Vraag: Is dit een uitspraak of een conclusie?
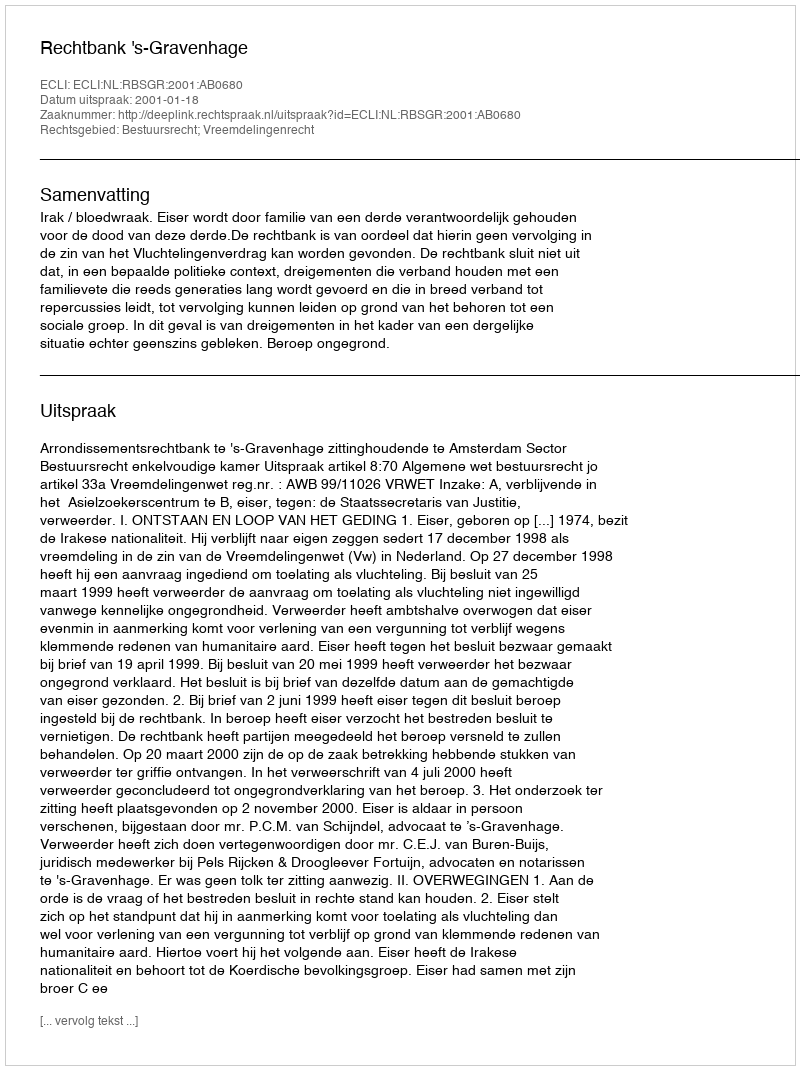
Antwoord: Uitspraak